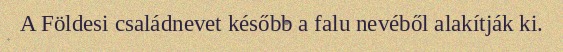
A Földesi családnevet később a falu nevéből alakítják ki.